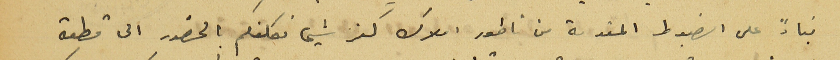
بناءً على الضبوط المقدمة من ناطور املاك كفرشيما نكلفكم بالحضور الى قطعة